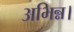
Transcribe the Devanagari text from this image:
अभिन्न।